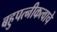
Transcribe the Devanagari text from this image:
बहुपत्‍नीकत्वाचे